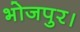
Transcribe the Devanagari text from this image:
भोजपुर।